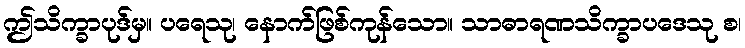
ဤသိက္ခာပုဒ်မှ။ ပရေသု၊ နောက်ဖြစ်ကုန်သော။ သာဓာရဏသိက္ခာပဒေသု စ၊